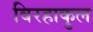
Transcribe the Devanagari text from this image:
विरहाकुल